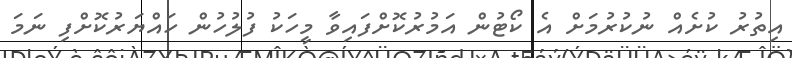
އިތުރު ކުށެއް ނުކުރުމަށް އެ ކޯޓުން އަމުރުކޮށްފައިވާ މީހަކު ފުލުހުން ހައްޔަރުކޮށްފި ނަމަ